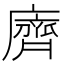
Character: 𪗆